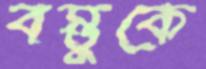
বস্তুকে